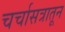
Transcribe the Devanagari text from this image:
चर्चासत्रातून